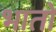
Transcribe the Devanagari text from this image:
भातो